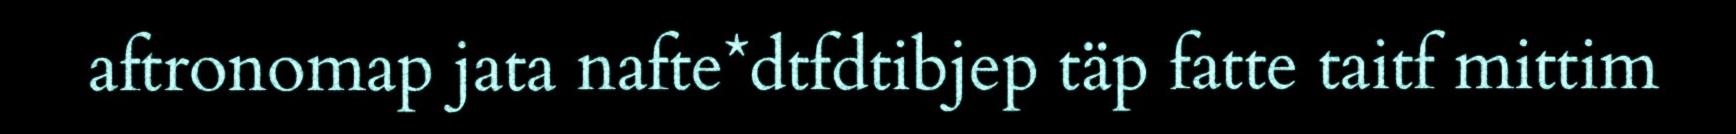
aftronomap jata nafte*dtfdtibjep täp fatte taitf mittim